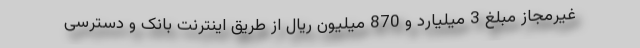
غیرمجاز مبلغ 3 میلیارد و 870 میلیون ریال از طریق اینترنت بانک و دسترسی